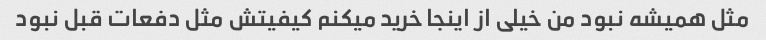
مثل همیشه نبود من خیلی از اینجا خرید میکنم کیفیتش مثل دفعات قبل نبود